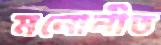
মনোনীত